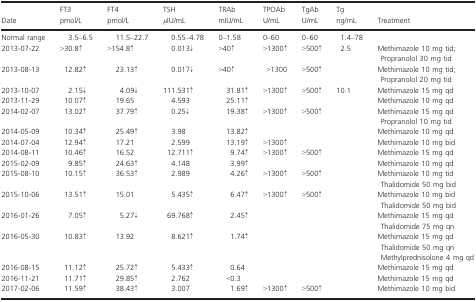
<table><thead><tr><td><b>Date</b></td><td><b>FT3 pmol/L</b></td><td><b>FT4 pmol/L</b></td><td><b>TSH <i>μ</i>IU/mL</b></td><td><b>TRAb mIU/mL</b></td><td><b>TPOAb U/mL</b></td><td><b>TgAb U/mL</b></td><td><b>Tg ng/mL</b></td><td><b>Treatment</b></td></tr></thead><tbody><tr><td>Normal range</td><td>3.5–6.5</td><td>11.5–22.7</td><td>0.55–4.78</td><td>0–1.58</td><td>0–60</td><td>0–60</td><td>1.4–78</td><td></td></tr><tr><td>2013‐07‐22</td><td>&gt;30.8↑</td><td>&gt;154.8↑</td><td>0.013↓</td><td>&gt;40↑</td><td>&gt;1300↑</td><td>&gt;500↑</td><td>2.5</td><td>Methimazole 10 mg tid;Propranolol 30 mg tid</td></tr><tr><td>2013‐08‐13</td><td>12.82↑</td><td>23.13↑</td><td>0.017↓</td><td>&gt;40↑</td><td>&gt;1300</td><td>&gt;500↑</td><td></td><td>Methimazole 10 mg tid;Propranolol 20 mg tid</td></tr><tr><td>2013‐10‐07</td><td>2.15↓</td><td>4.09↓</td><td>111.531↑</td><td>31.81↑</td><td>&gt;1300↑</td><td>&gt;500↑</td><td>10.1</td><td>Methimazole 15 mg qd</td></tr><tr><td>2013‐11‐29</td><td>10.07↑</td><td>19.65</td><td>4.593</td><td>25.11↑</td><td></td><td></td><td></td><td>Methimazole 10 mg qd</td></tr><tr><td>2014‐02‐07</td><td>13.02↑</td><td>37.79↑</td><td>0.25↓</td><td>19.38↑</td><td>&gt;1300↑</td><td>&gt;500↑</td><td></td><td>Methimazole 15 mg qdPropranolol 10 mg tid</td></tr><tr><td>2014‐05‐09</td><td>10.34↑</td><td>25.49↑</td><td>3.98</td><td>13.82↑</td><td></td><td></td><td></td><td>Methimazole 10 mg qd</td></tr><tr><td>2014‐07‐04</td><td>12.94↑</td><td>17.21</td><td>2.599</td><td>13.19↑</td><td>&gt;1300↑</td><td></td><td></td><td>Methimazole 10 mg bid</td></tr><tr><td>2014‐08‐11</td><td>10.46↑</td><td>16.52</td><td>12.711↑</td><td>9.74↑</td><td>&gt;1300↑</td><td>&gt;500↑</td><td></td><td>Methimazole 15 mg qd</td></tr><tr><td>2015‐02‐09</td><td>9.85↑</td><td>24.63↑</td><td>4.148</td><td>3.99↑</td><td></td><td></td><td></td><td>Methimazole 10 mg qd</td></tr><tr><td>2015‐08‐10</td><td>10.15↑</td><td>36.53↑</td><td>2.989</td><td>4.26↑</td><td>&gt;1300↑</td><td>&gt;500↑</td><td></td><td>Methimazole 10 mg tidThalidomide 50 mg bid</td></tr><tr><td>2015‐10‐06</td><td>13.51↑</td><td>15.01</td><td>5.435↑</td><td>6.47↑</td><td>&gt;1300↑</td><td>&gt;500↑</td><td></td><td>Methimazole 10 mg bidThalidomide 50 mg bid</td></tr><tr><td>2016‐01‐26</td><td>7.05↑</td><td>5.27↓</td><td>69.768↑</td><td>2.45↑</td><td></td><td></td><td></td><td>Methimazole 15 mg qdThalidomide 75 mg qn</td></tr><tr><td>2016‐05‐30</td><td>10.83↑</td><td>13.92</td><td>8.621↑</td><td>1.74↑</td><td></td><td></td><td></td><td>Methimazole 15 mg qdThalidomide 50 mg qnMethylprednisolone 4 mg qd</td></tr><tr><td>2016‐08‐15</td><td>11.12↑</td><td>25.72↑</td><td>5.433↑</td><td>0.64</td><td></td><td></td><td></td><td>Methimazole 15 mg qd</td></tr><tr><td>2016‐11‐21</td><td>11.71↑</td><td>29.85↑</td><td>2.762</td><td>&lt;0.3</td><td></td><td></td><td></td><td>Methimazole 15 mg qd</td></tr><tr><td>2017‐02‐06</td><td>11.59↑</td><td>38.43↑</td><td>3.007</td><td>1.69↑</td><td>&gt;1300↑</td><td>&gt;500↑</td><td></td><td>Methimazole 10 mg bid</td></tr></tbody></table>